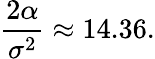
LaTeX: \frac{2\alpha}{\sigma^{2}}\approx 14.36.